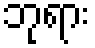
ဘုရား